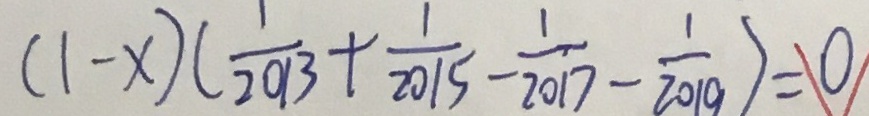
( 1 - x ) ( \frac { 1 } { 2 0 1 3 } + \frac { 1 } { 2 0 1 5 } - \frac { 1 } { 2 0 1 7 } - \frac { 1 } { 2 0 1 9 } ) = 0